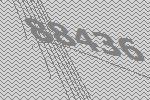
88436